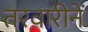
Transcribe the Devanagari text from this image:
तरवारीनें